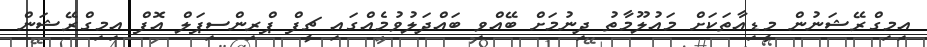
އިމިގްރޭޝަނުން މީޑިއާތަކަށް މައުލޫމާތު ދިނުމަށް ބޭއްވި ބައްދަލުވުމެއްގައި ޗީފް ޕްރިންސިޕަލް އޮފް އިމިގްރޭޝަން